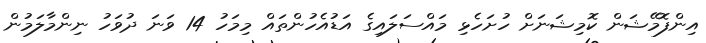
އިންފޮމޭޝަން ކޮމިޝަނަށް ހުށަހެޅި މައްސަލައިގެ އަޑުއެހުންތައް މިމަހު 14 ވަނަ ދުވަހު ނިންމާލަމުން